Civil Veterinary Dept. Bombay admin report 1923-31 - 1923-1931
Year: 1923
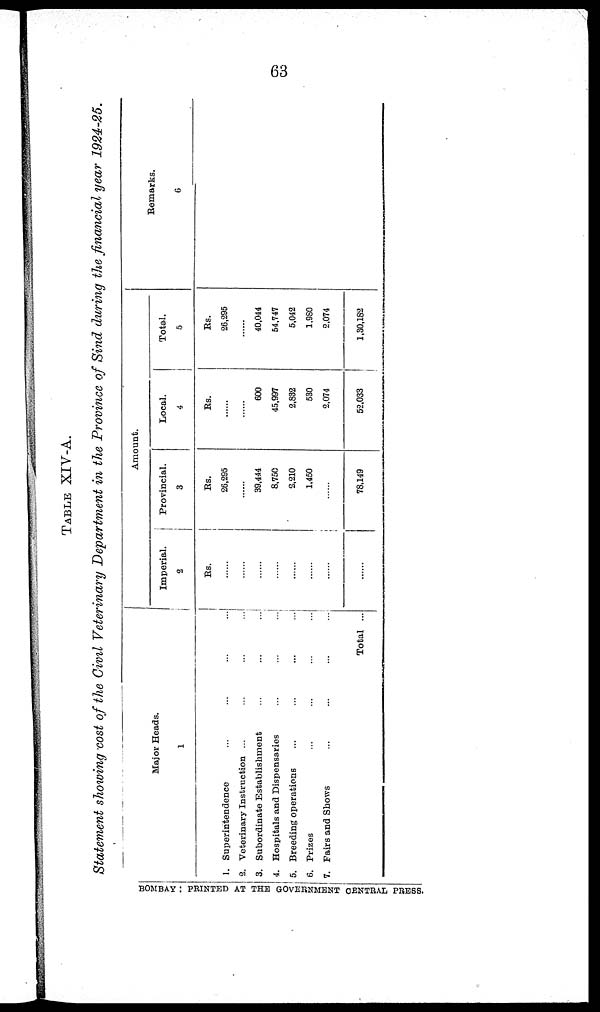
63
TABLE XIV-A.
Statement showing cost of the Civil Veterinary Department in the Province of Sind during the financial year 1924-25.
Major Heads.
1
1. Superintendence ... ... ... ...
2. Veterinary Instruction ... ... ... ...
3. Subordinate Establishment ... ... ...
4. Hospitals and Dispensaries ... ... ...
5. Breeding operations ... ... ... ...
6. Prizes ... ... ... ...
7. Fairs and Shows ... ... ... ...
Total ...
Amount.
Imperial.
2
Rs.
......
......
......
......
......
......
......
......
Provincial.
3
Rs.
26,295
......
39,444
8,750
2,210
1,450
......
78,149
Local.
4
Rs.
......
......
600
45,997
2,832
530
2,074
52,033
Total.
5
Rs.
26,295
......
40,044
64,747
5,042
1,980
2,074
1,30,182
Remarks.
6
BOMBAY : PRINTED AT THE GOVERNMENT CENTRAL PRESS.